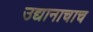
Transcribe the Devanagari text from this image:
उद्यानाचाच